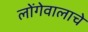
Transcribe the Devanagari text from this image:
लोंगेवालाचे